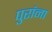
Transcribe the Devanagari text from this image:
पुरांना